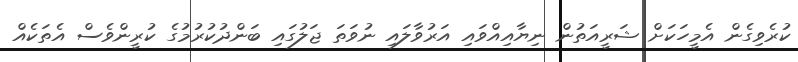
ކުރެވިގެން އެމީހަކަށް ޝަރީއަތުން ނިޔާއިއްވައި އަރުވާލައި ނުވަތަ ޖަލުގައި ބަންދުކުރުމުގެ ކުރީންވެސް އެތަކެއް